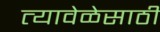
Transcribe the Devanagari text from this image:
त्यावेळेसाठी